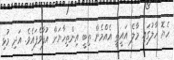
ހެޔޮ ހާލުގައި މާލެ އައީތީ އެއްމެން ތިބީ އިންތިހާޔަށް އުފާވެފައެވެ. އަދި މުޅި